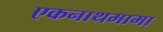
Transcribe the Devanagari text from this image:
एकनाथमामा